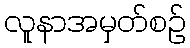
လူနာအမှတ်စဉ်